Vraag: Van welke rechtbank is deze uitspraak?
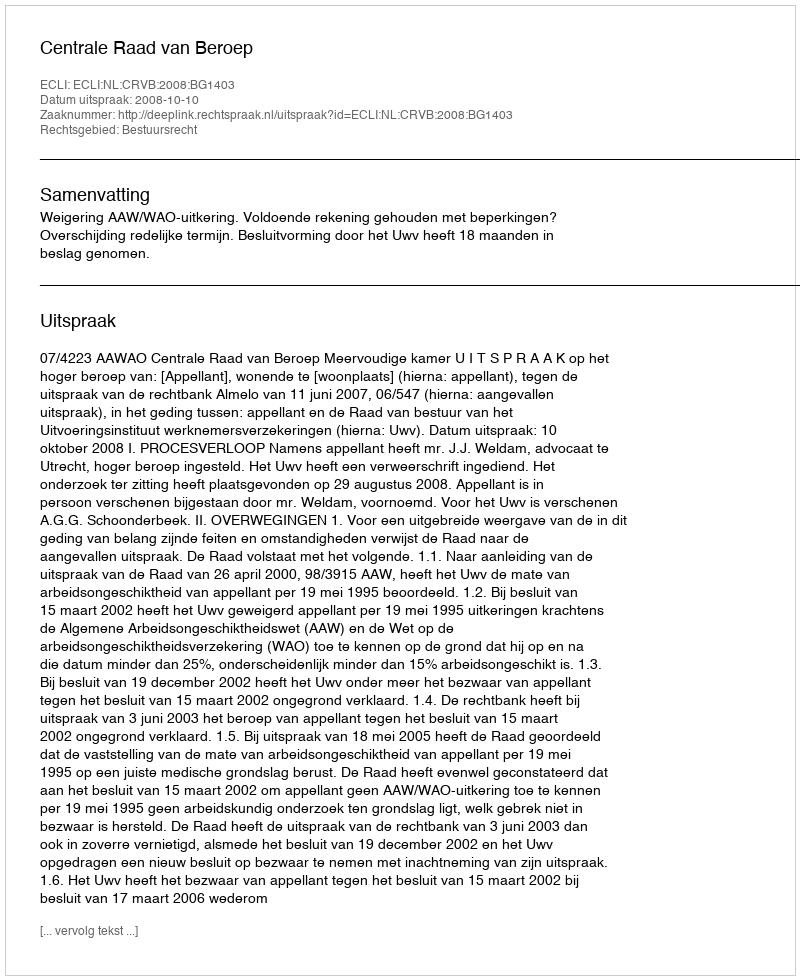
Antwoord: Centrale Raad van Beroep